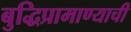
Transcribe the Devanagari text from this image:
बुद्धिप्रामाण्याची